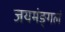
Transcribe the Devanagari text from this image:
जयमंङ्गलं